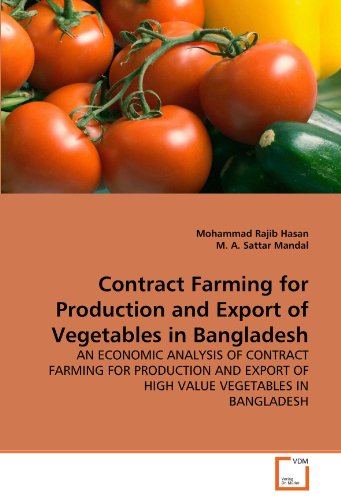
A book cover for Contract Farming for Production and Export of Vegetables in Bangladesh: AN ECONOMIC ANALYSIS OF CONTRACT FARMING FOR PRODUCTION AND EXPORT OF HIGH VALUE VEGETABLES IN BANGLADESH; Mohammad Rajib Hasan; Business & Money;